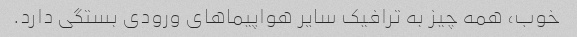
خوب، همه چیز به ترافیک سایر هواپیماهای ورودی بستگی دارد.